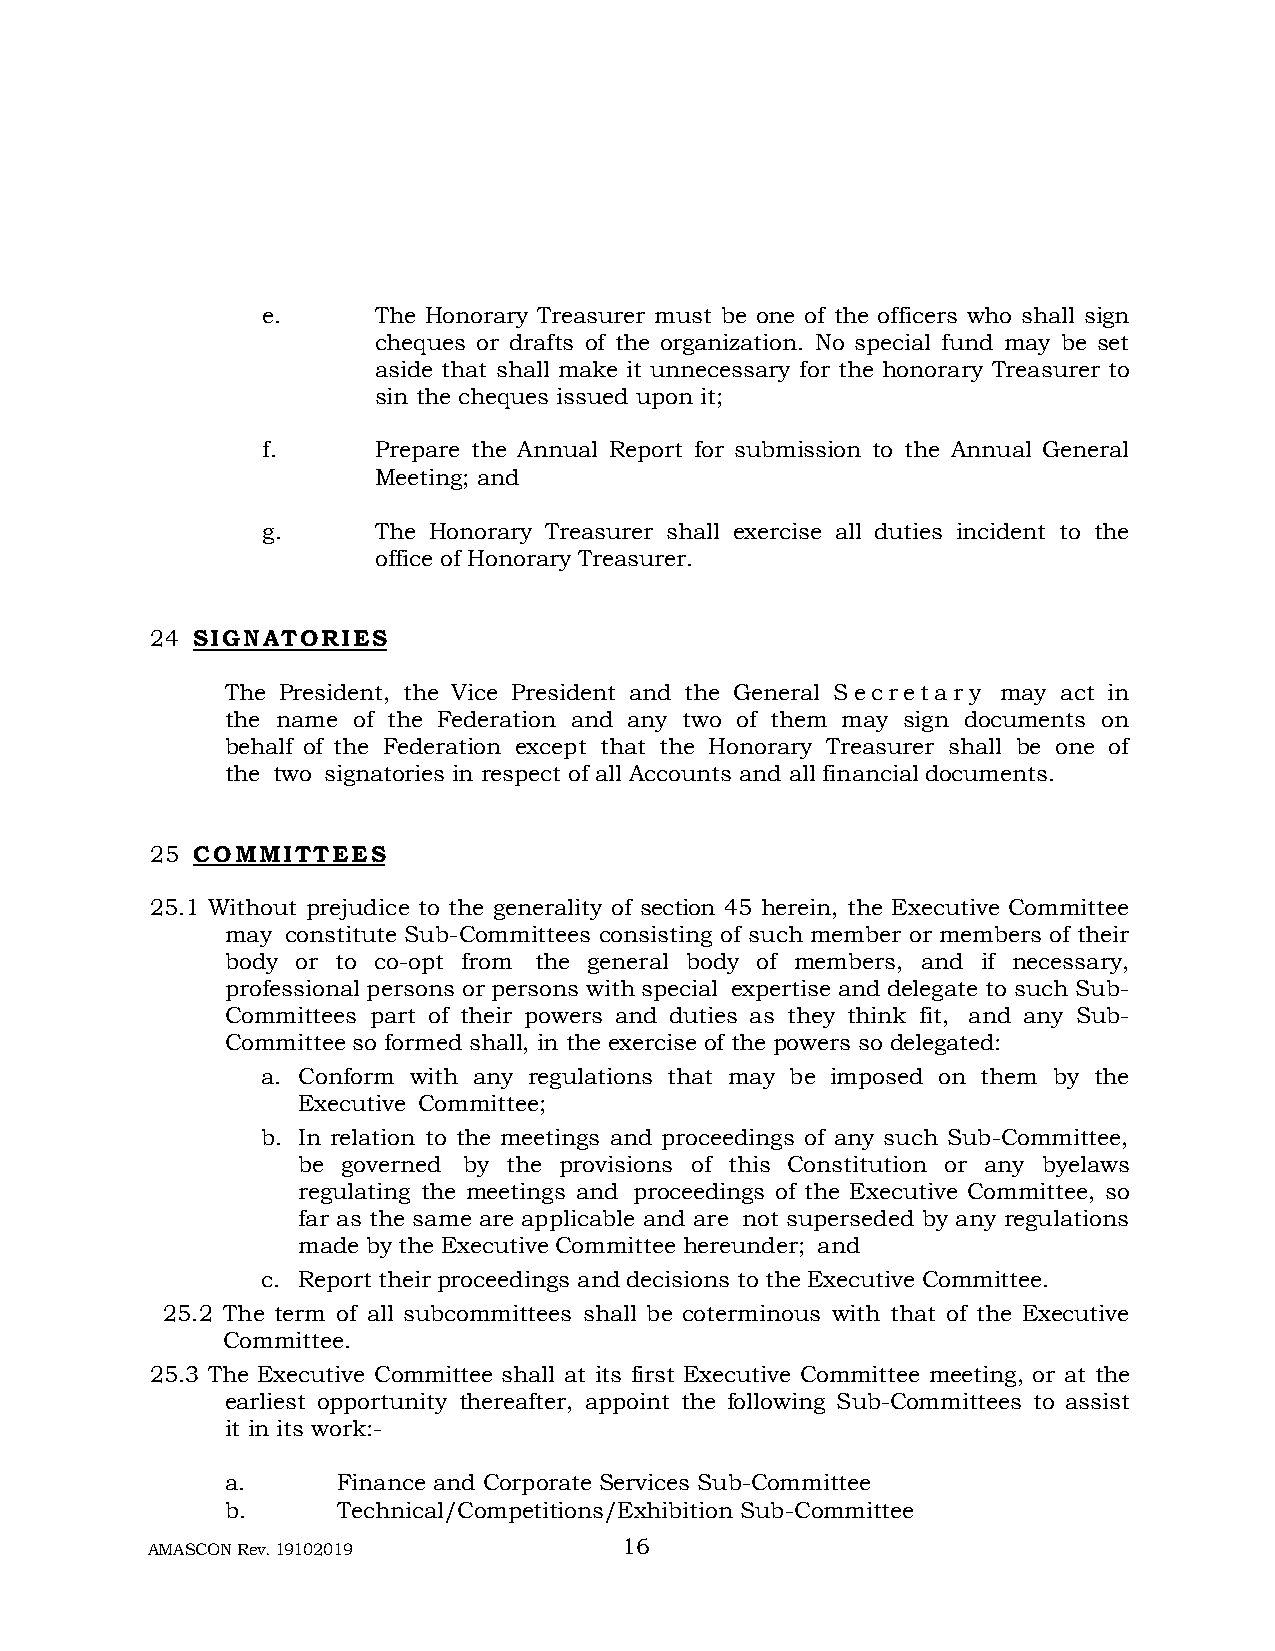
e.      The Honorary Treasurer must be one of the officers who shall sign
 cheques or drafts of the organization. No special fund may be set
 aside that shall make it unnecessary for the honorary Treasurer to
 sin the cheques issued upon it;
 f.      Prepare the Annual Report for submission to the Annual General
 Meeting; and
 g.      The Honorary Treasurer shall exercise all duties incident to the
 office of Honorary Treasurer.
 24 S I G N A T O R I E S
 The President, the Vice President and the General Secretary may act in
 the name of the Federation and any two of them may sign documents on
 behalf of the Federation except that the Honorary Treasurer shall be one of
 the two signatories in respect of all Accounts and all financial documents.
 25 C O M M I T T E E S
 25.1 Without prejudice to the generality of section 45 herein, the Executive Committee
 may constitute Sub-Committees consisting of such member or members of their
 body or to co-opt from the general body of members, and if necessary,
 professional persons or persons with special expertise and delegate to such Sub-
 Committees part of their powers and duties as they think fit, and any Sub-
 Committee so formed shall, in the exercise of the powers so delegated:
 a. Conform with any regulations that may be imposed on them by the
 Executive Committee;
 b. In relation to the meetings and proceedings of any such Sub-Committee,
 be governed by the provisions of this Constitution or any byelaws
 regulating the meetings and proceedings of the Executive Committee, so
 far as the same are applicable and are not superseded by any regulations
 made by the Executive Committee hereunder; and
 c. Report their proceedings and decisions to the Executive Committee.
 25.2 The term of all subcommittees shall be coterminous with that of the Executive
 Committee.
 25.3 The Executive Committee shall at its first Executive Committee meeting, or at the
 earliest opportunity thereafter, appoint the following Sub-Committees to assist
 it in its work:-
 a.     Finance and Corporate Services Sub-Committee
 b.     Technical/Competitions/Exhibition Sub-Committee
 AMASCON Rev. 19102019          16